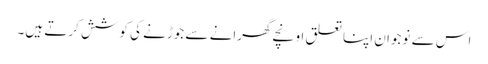
اس سے نوجوان اپنا تعلق اونچے گھرانے سے جوڑنے کی کوشش کرتے ہیں۔